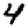
Digit: 4